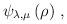
LaTeX: \begin{align*}\psi _{\lambda ,\mu }\left( \rho \right) \,, \end{align*}